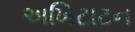
અખિટાટન